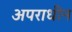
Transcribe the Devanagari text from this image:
अपराधीन